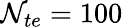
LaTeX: \mathcal{N}_{te}=100